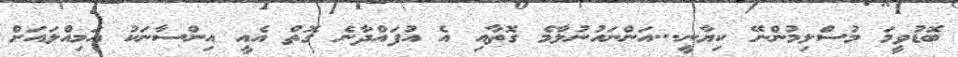
ބޮޑުވީމަ މުސްލިމުންނޭ ކިޔާނީ...އަންނައުނުލާމެ ގޮތާއި އެ އުފައްދާނެ ގޮތް އެއީ އިންސާނަކު އަމިއްލައަށް